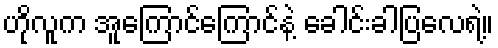
ဟိုလူက အူကြောင်ကြောင်နဲ့ ခေါင်းခါပြလေရဲ့။